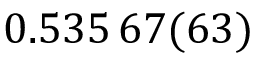
0 . 5 3 5 \, 6 7 ( 6 3 )